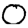
Digit: 0